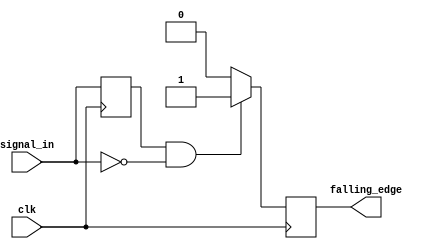
module falling_edge_detector (
    input wire clk,                // Clock input
    input wire signal_in,          // Input signal to detect falling edge
    output reg falling_edge        // Output signal indicating falling edge
);

    // Internal register to hold the previous state of the input signal
    reg previous_state;

    // Always block triggered on the rising edge of the clock
    always @(posedge clk) begin
        // Check for falling edge condition
        if (previous_state == 1'b1 && signal_in == 1'b0) begin
            falling_edge <= 1'b1;   // Set output high for one clock cycle
        end else begin
            falling_edge <= 1'b0;   // Reset output to low
        end
        
        // Update previous state for the next clock cycle
        previous_state <= signal_in;
    end

endmodule